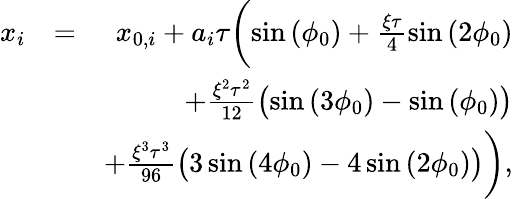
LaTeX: \begin{array}{rlr}{x_{i}}&{=}&{x_{0,i}+a_{i}\tau\biggl(\sin{(\phi_{0})}+\frac{\xi\tau}{4}\sin{(2\phi_{0})}}\\ &{}&{+\frac{\xi^{2}\tau^{2}}{12}\bigl(\sin{(3\phi_{0})}-\sin{(\phi_{0})}\bigl)}\\ &{}&{+\frac{\xi^{3}\tau^{3}}{96}\bigl(3\sin{(4\phi_{0})}-4\sin{(2\phi_{0})}\bigl)\biggl),}\end{array}